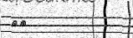
٦٩